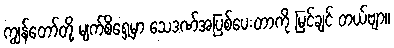
ကျွန်တော်တို့ မျက်စိရှေ့မှာ သေဒဏ်အပြစ်ပေးတာကို မြင်ချင် တယ်ဗျာ။